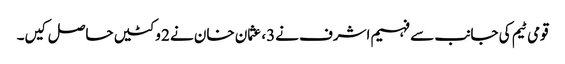
قومی ٹیم کی جانب سے فہیم اشرف نے3، عثمان خان نے 2 وکٹیں حاصل کیں۔